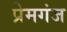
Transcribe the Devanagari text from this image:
प्रेमगंज